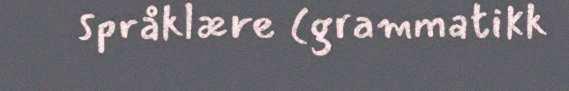
språklære (grammatikk